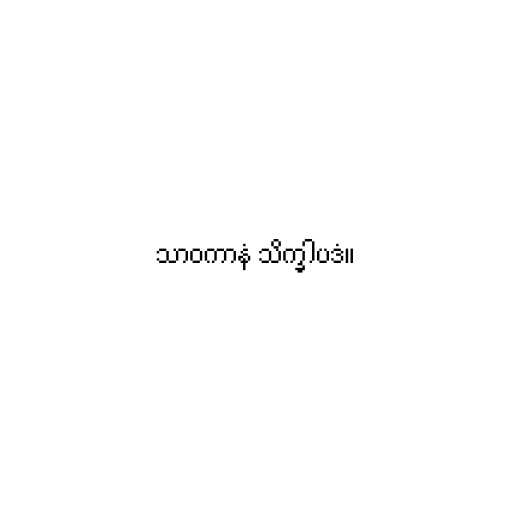
သာဝကာနံ သိက္ခါပဒံ။